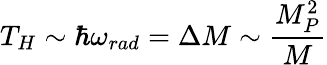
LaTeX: T_{H}\sim\hbar\omega_{rad}=\Delta M\sim\frac{M_{P}^{2}}{M}